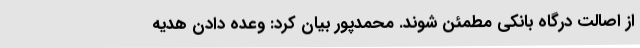
از اصالت درگاه بانکی مطمئن شوند. محمدپور بیان کرد: وعده دادن هدیه